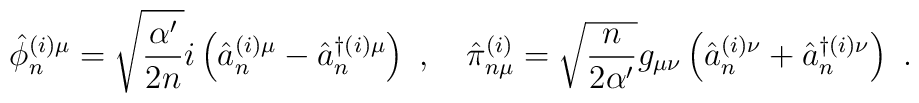
\hat{\phi}^{(i)\mu}_{n}  =\sqrt{ \frac{\alpha'}{2n}}i   \left(\hat{a}^{(i)\mu}_{n}-\hat{a}^{\dagger (i)\mu}_{n}   \right)~, \quad\hat{\pi}^{(i)}_{n\mu} = \sqrt{\frac{n}{2\alpha'}} g_{\mu\nu}   \left(\hat{a}^{(i)\nu}_{n}+\hat{a}^{\dagger (i)\nu}_{n}\right)~.